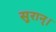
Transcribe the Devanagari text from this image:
सुरान्।